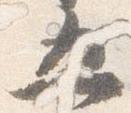
五